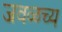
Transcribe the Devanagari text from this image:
जवळच्य